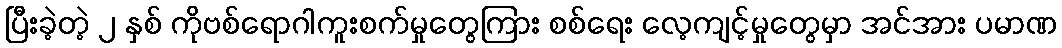
ပြီးခဲ့တဲ့ ၂ နှစ် ကိုဗစ်ရောဂါကူးစက်မှုတွေကြား စစ်ရေး လေ့ကျင့်မှုတွေမှာ အင်အား ပမာဏ